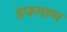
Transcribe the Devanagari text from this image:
डफगाण